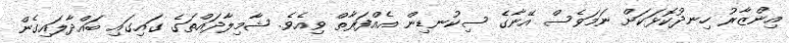
އިންޒާރު ހިނދުކޮޅަކަށް ނަމަވެސް އޭނާގެ ސިކުނޑިން އެއްފަރާތް ވިއެވެ. ޝާމިލާދައްތަގެ ގައިގައި ބައްދާލައިގެން